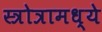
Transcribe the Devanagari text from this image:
स्त्रोत्रामध्ये